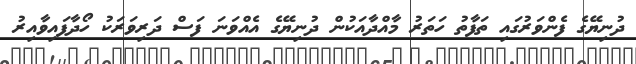
ދުނިޔޭގެ ފެންވަރުގައި ތަފާތު ހަތަރު މާއްދާއަކުން ދުނިޔޭގެ އެއްވަނަ ފަސް ދަރިވަރަކު ހޯދާފައިވާއިރު